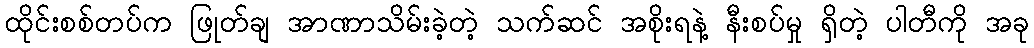
ထိုင်းစစ်တပ်က ဖြုတ်ချ အာဏာသိမ်းခဲ့တဲ့ သက်ဆင် အစိုးရနဲ့ နီးစပ်မှု ရှိတဲ့ ပါတီကို အခု